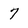
Character: 7